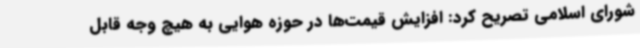
شورای اسلامی تصریح کرد: افزایش قیمت‌ها در حوزه هوایی به هیچ وجه قابل